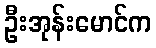
ဦးအုန်းမောင်က